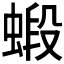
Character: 𧎚